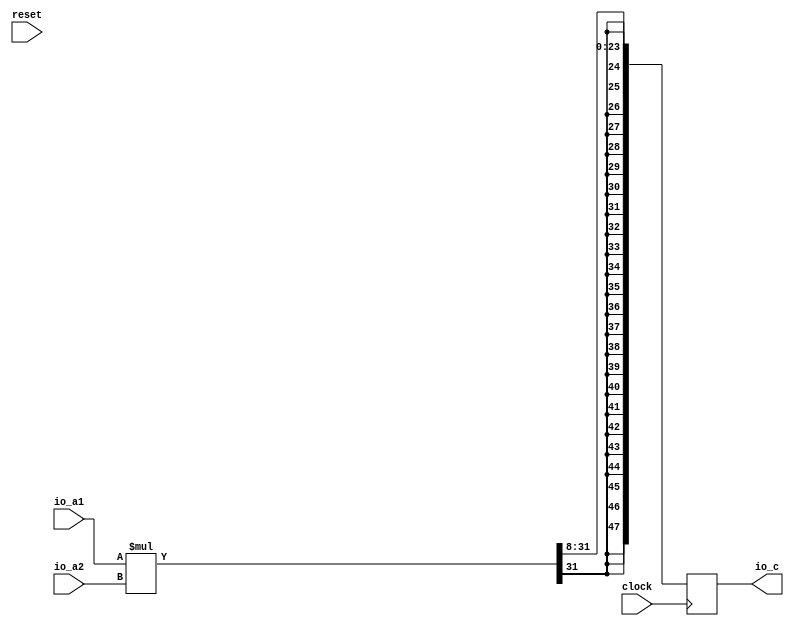
module ParameterizedNumberOperation(
  input         clock,
  input         reset,
  input  [15:0] io_a1,
  input  [15:0] io_a2,
  output [47:0] io_c
);
`ifdef RANDOMIZE_REG_INIT
  reg [63:0] _RAND_0;
`endif // RANDOMIZE_REG_INIT
  reg [47:0] register1; // @[ParameterizedOpSpec.scala 27:22]
  wire [31:0] _T_10 = $signed(io_a1) * $signed(io_a2); // @[FixedPointTypeClass.scala 43:59]
  wire [23:0] _GEN_0 = _T_10[31:8]; // @[ParameterizedOpSpec.scala 29:13]
  assign io_c = register1; // @[ParameterizedOpSpec.scala 39:8]
  always @(posedge clock) begin
    register1 <= {{24{_GEN_0[23]}},_GEN_0}; // @[ParameterizedOpSpec.scala 29:13]
  end
// Register and memory initialization
`ifdef RANDOMIZE_GARBAGE_ASSIGN
`define RANDOMIZE
`endif
`ifdef RANDOMIZE_INVALID_ASSIGN
`define RANDOMIZE
`endif
`ifdef RANDOMIZE_REG_INIT
`define RANDOMIZE
`endif
`ifdef RANDOMIZE_MEM_INIT
`define RANDOMIZE
`endif
`ifndef RANDOM
`define RANDOM $random
`endif
`ifdef RANDOMIZE_MEM_INIT
  integer initvar;
`endif
`ifndef SYNTHESIS
`ifdef FIRRTL_BEFORE_INITIAL
`FIRRTL_BEFORE_INITIAL
`endif
initial begin
  `ifdef RANDOMIZE
    `ifdef INIT_RANDOM
      `INIT_RANDOM
    `endif
    `ifndef VERILATOR
      `ifdef RANDOMIZE_DELAY
        #`RANDOMIZE_DELAY begin end
      `else
        #0.002 begin end
      `endif
    `endif
`ifdef RANDOMIZE_REG_INIT
  _RAND_0 = {2{`RANDOM}};
  register1 = _RAND_0[47:0];
`endif // RANDOMIZE_REG_INIT
  `endif // RANDOMIZE
end // initial
`ifdef FIRRTL_AFTER_INITIAL
`FIRRTL_AFTER_INITIAL
`endif
`endif // SYNTHESIS
endmodule